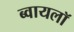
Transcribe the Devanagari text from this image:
ब्वायलॉ